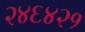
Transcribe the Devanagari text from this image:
२४६४२१